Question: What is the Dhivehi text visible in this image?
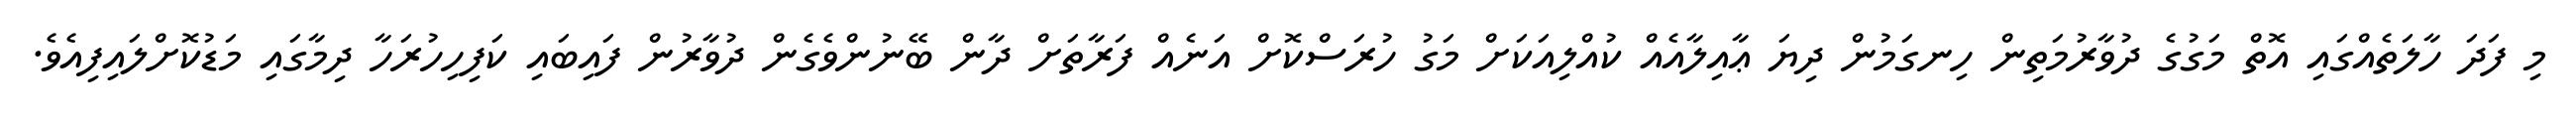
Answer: މި ފަދަ ހާލަތެއްގައި އޮތް މަގުގެ ދުވާރުމަތިން ހިނގަމުން ދިޔަ ޢާއިލާއެއް ކުއްލިއަކަށް މަގު ހުރަސްކޮށް އަނެއް ފަރާތަށް ދާން ބޭނުންވެގެން ދުވާރުން ފައިބައި ކަފިހިހުރަހާ ދިމާގައި މަޑުކޮށްލައިފިއެވެ.